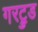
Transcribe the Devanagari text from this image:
गरट्रुड